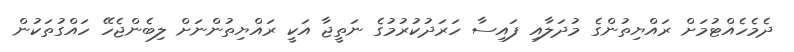
ދެމެހެއްޓުމަށް ރައްޔިތުންގެ މުދަލާއި ފައިސާ ހަރަދުކުރުމުގެ ނަތީޖާ އަކީ ރައްޔިތުންނަށް ލިބެންޖެހޭ ހައްގުތަކުން